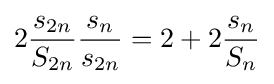
2{\frac {s_{2n}}{S_{2n}}}{\frac {s_{n}}{s_{2n}}}=2+2{\frac {s_{n}}{S_{n}}}